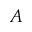
A